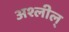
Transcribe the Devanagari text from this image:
अश्लील्